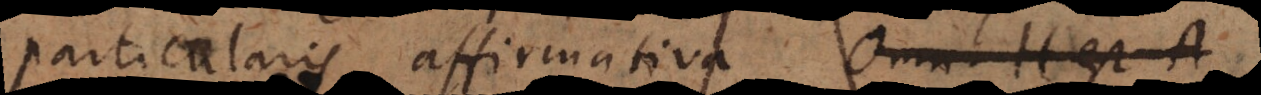
particularis affirmativa quodd. A est A